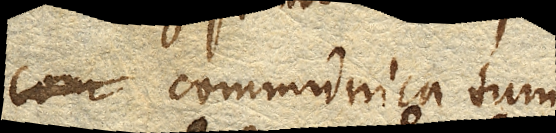
communicatum est